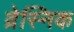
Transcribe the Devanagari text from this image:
व्रेस्निक